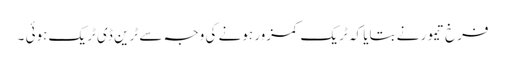
فرخ تیمور نے بتایا کہ ٹریک کمزور ہونے کی وجہ سے ٹرین ڈی ٹریک ہوئی ۔